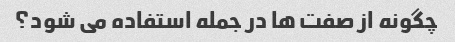
چگونه از صفت ها در جمله استفاده می شود؟